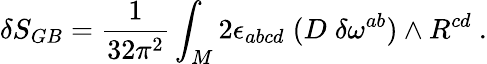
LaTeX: \delta S_{GB}={\frac{1}{32\pi^{2}}}\int_{M}2\epsilon_{abcd}\; (D\; \delta\omega^{ab})\wedge R^{cd}\ .